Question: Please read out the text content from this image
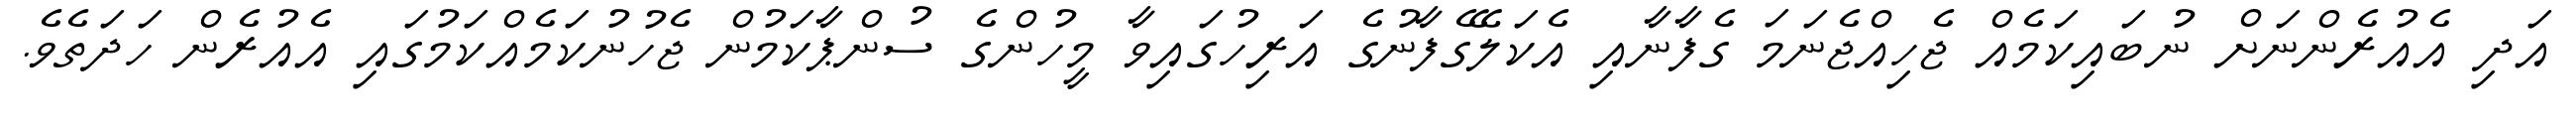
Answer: އަދި އެއުރެންނަށް ނުބައިކަމެއް ޖެހިއްޖެނަމަ ގެފާނާއި އެކަލޭގެފާނުގެ އަރިހުގައިވާ މީހުންގެ ސުންޕާކަމުން ޖެހުނުކަމެއްކަމުގައި އެއުރެން ހަދަތެވެ.